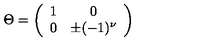
\Theta = \left( \begin{array} { c c } { 1 } & { 0 } \\ { 0 } & { \pm ( - 1 ) ^ { \nu } } \\ \end{array} \right)